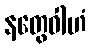
နတွေဝါဟံ